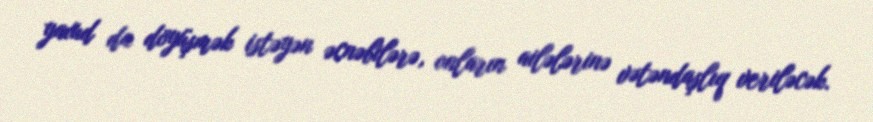
yaxud da döyüşmək istəyən əcnəbilərə, onların ailələrinə vətəndaşlıq veriləcək.